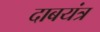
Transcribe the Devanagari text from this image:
दाबयंत्र